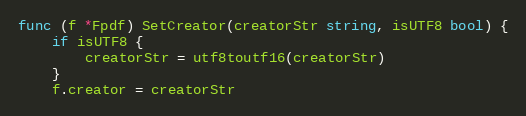
Language: Go
func (f *Fpdf) SetCreator(creatorStr string, isUTF8 bool) {
	if isUTF8 {
		creatorStr = utf8toutf16(creatorStr)
	}
	f.creator = creatorStr